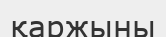
қаржыны